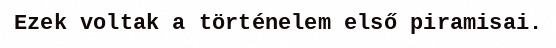
Ezek voltak a történelem első piramisai.